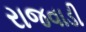
રાજવાડી